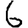
Digit: 6